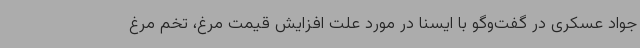
جواد عسکری در گفت‌وگو با ایسنا در مورد علت افزایش قیمت مرغ، تخم مرغ